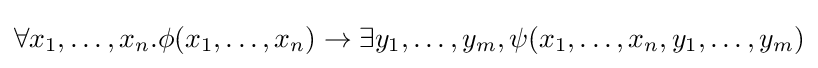
\forall x_{1},\ldots ,x_{n}.\phi (x_{1},\ldots ,x_{n})\rightarrow \exists y_{1},\ldots ,y_{m},\psi (x_{1},\ldots ,x_{n},y_{1},\ldots ,y_{m})